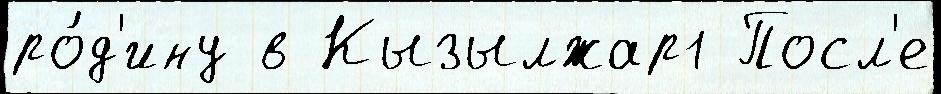
ро́д'ину в Кызылжар1 Посл'е